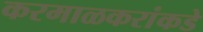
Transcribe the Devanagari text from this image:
करमाळकरांकडे